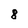
Character: 8